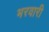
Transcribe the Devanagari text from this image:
भरवारी